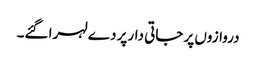
دروازوں پر جاتی دار پر دے لہرا گئے۔